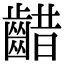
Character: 齰